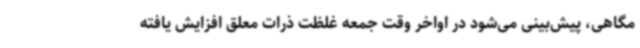
مگاهی، پیش‌بینی می‌شود در اواخر وقت جمعه غلظت ذرات معلق افزایش یافته